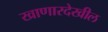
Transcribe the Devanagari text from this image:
खाणारदेखील